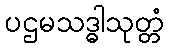
ပဌမသဒ္ဓါသုတ္တံ